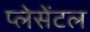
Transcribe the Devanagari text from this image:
प्लेसेंटल